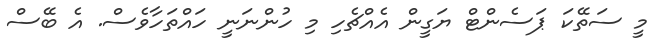
މީ ސަތޭކަ ޕަސެންޓް ޔަގީން އެއްޗެހި މި ހުންނަނީ ހައްތަހާވެސް. އެ ބޭސް